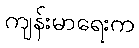
ကျန်းမာရေးက